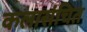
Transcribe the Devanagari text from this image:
कलासंचित